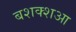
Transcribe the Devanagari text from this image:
बशक्शआ